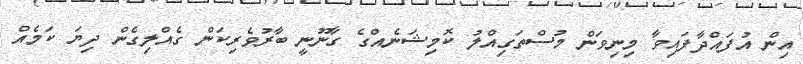
އިން އުފައްދާފައިވާ މިނިވަން މުސްތަގިއްލު ކޮމިޝަނެއްގެ ގާނޫނީ ބާރުވެރިކަން ގެއްލިގެން ދިޔަ ކަމެއް